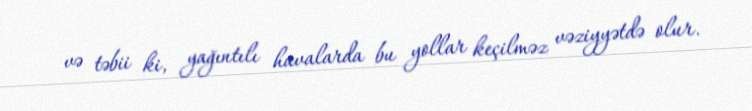
və təbii ki, yağıntılı havalarda bu yollar keçilməz vəziyyətdə olur.